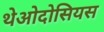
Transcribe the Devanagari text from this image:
थेओदोसियस